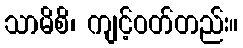
သာမိစိ၊ ကျင့်ဝတ်တည်း။